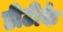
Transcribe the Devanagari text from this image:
डीटीके